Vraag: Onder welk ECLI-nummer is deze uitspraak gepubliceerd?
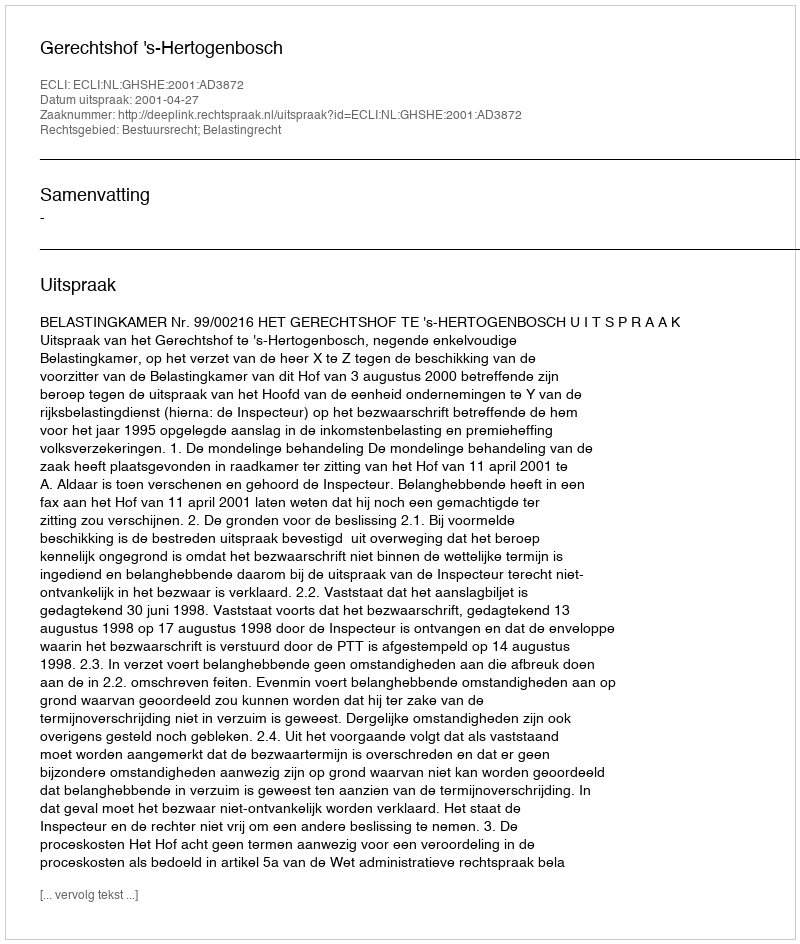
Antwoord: ECLI:NL:GHSHE:2001:AD3872